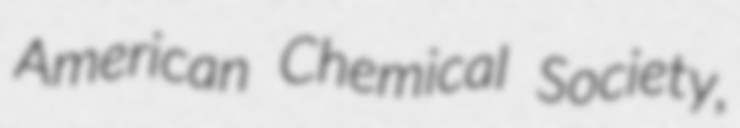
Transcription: American Chemical Society,